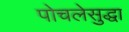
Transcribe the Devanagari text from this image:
पोचलेसुद्धा